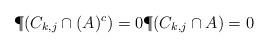
LaTeX: \begin{align*}\P(C_{k,j}\cap (A)^c) =0 \P(C_{k,j}\cap A) =0\end{align*}